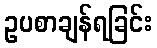
ဥပစာချန်ရခြင်း